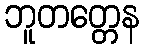
ဘူတတ္တေန